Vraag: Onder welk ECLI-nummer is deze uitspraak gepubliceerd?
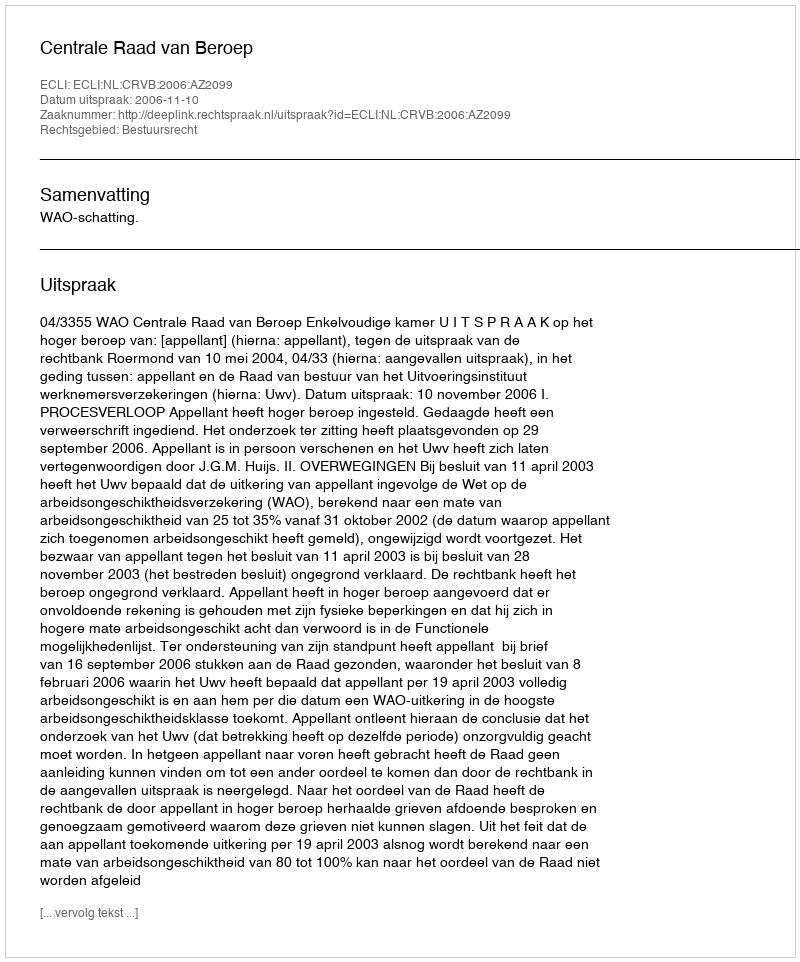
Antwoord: ECLI:NL:CRVB:2006:AZ2099